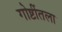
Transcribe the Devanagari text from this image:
गोष्टींतला